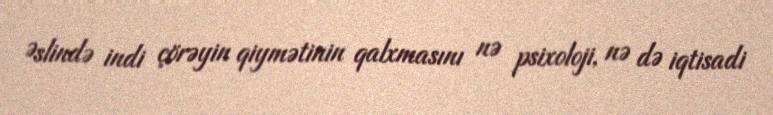
Əslində indi çörəyin qiymətinin qalxmasını nə psixoloji, nə də iqtisadi